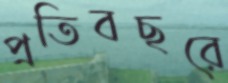
প্রতিবছরে